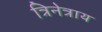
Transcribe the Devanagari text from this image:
त्रिनेत्राय